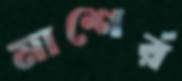
মাশের্র